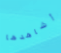
أشاهدها